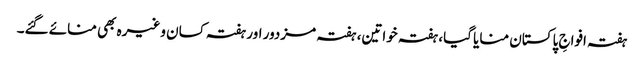
ہفتہ افواجِ پاکستان منایا گیا، ہفتہ خواتین، ہفتہ مزدور اور ہفتہ کسان وغیرہ بھی منائے گئے۔